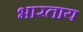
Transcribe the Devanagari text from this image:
भारताय